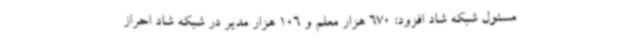
مسئول شبکه شاد افزود: 670 هزار معلم و 106 هزار مدیر در شبکه شاد احراز